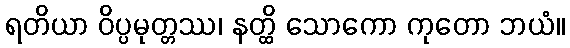
ရတိယာ ဝိပ္ပမုတ္တဿ၊ နတ္ထိ သောကော ကုတော ဘယံ။